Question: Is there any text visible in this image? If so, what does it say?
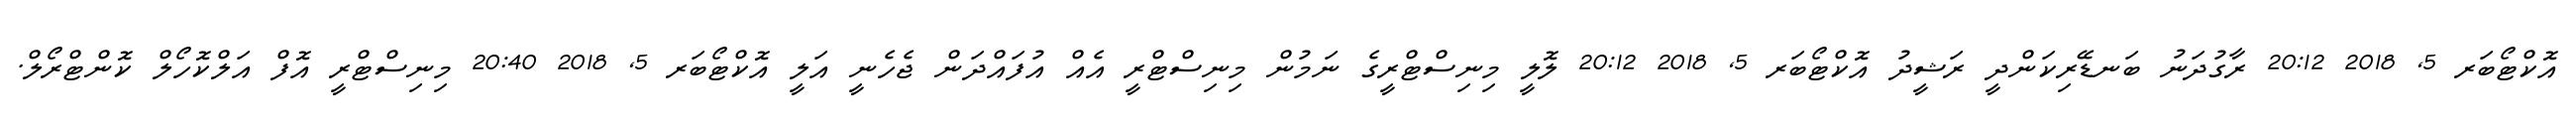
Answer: އޮކްޓޯބަރ 5, 2018 20:12 ރާގުދަނު ބަނޑޭރިކަންދީ ރަޝީދު އޮކްޓޯބަރ 5, 2018 20:12 ލޮލީ މިނިސްޓްރީގެ ނަމުން މިނިސްޓްރީ އެއް އުފައްދަން ޖެހެނީ އަލީ އޮކްޓޯބަރ 5, 2018 20:40 މިނިސްޓްރީ އޮފް އަލްކޮހޯލް ކޮންޓްރޯލް.